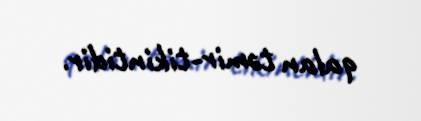
qalan təmir-tikintidir.